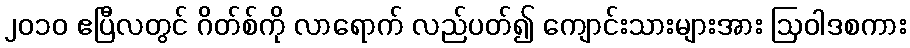
၂၀၁၀ ဧပြီလတွင် ဂိတ်စ်ကို လာရောက် လည်ပတ်၍ ကျောင်းသားများအား ဩဝါဒစကား